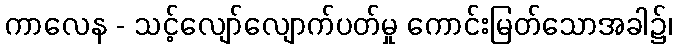
ကာလေန - သင့်လျော်လျောက်ပတ်မှု ကောင်းမြတ်သောအခါ၌၊